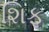
શિફ